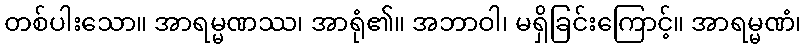
တစ်ပါးသော။ အာရမ္မဏဿ၊ အာရုံ၏။ အဘာဝါ၊ မရှိခြင်းကြောင့်။ အာရမ္မဏံ၊